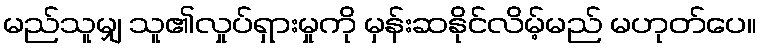
မည်သူမျှ သူ၏လှုပ်ရှားမှုကို မှန်းဆနိုင်လိမ့်မည် မဟုတ်ပေ။